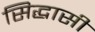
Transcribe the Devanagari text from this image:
सिद्धासी